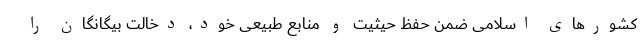
کشور‌های اسلامی ضمن حفظ حیثیت و منابع طبیعی خود، دخالت بیگانگان را